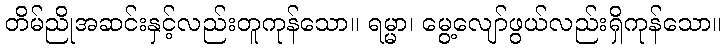
တိမ်ညိုအဆင်းနှင့်လည်းတူကုန်သော။ ရမ္မာ၊ မွေ့လျော်ဖွယ်လည်းရှိကုန်သော။